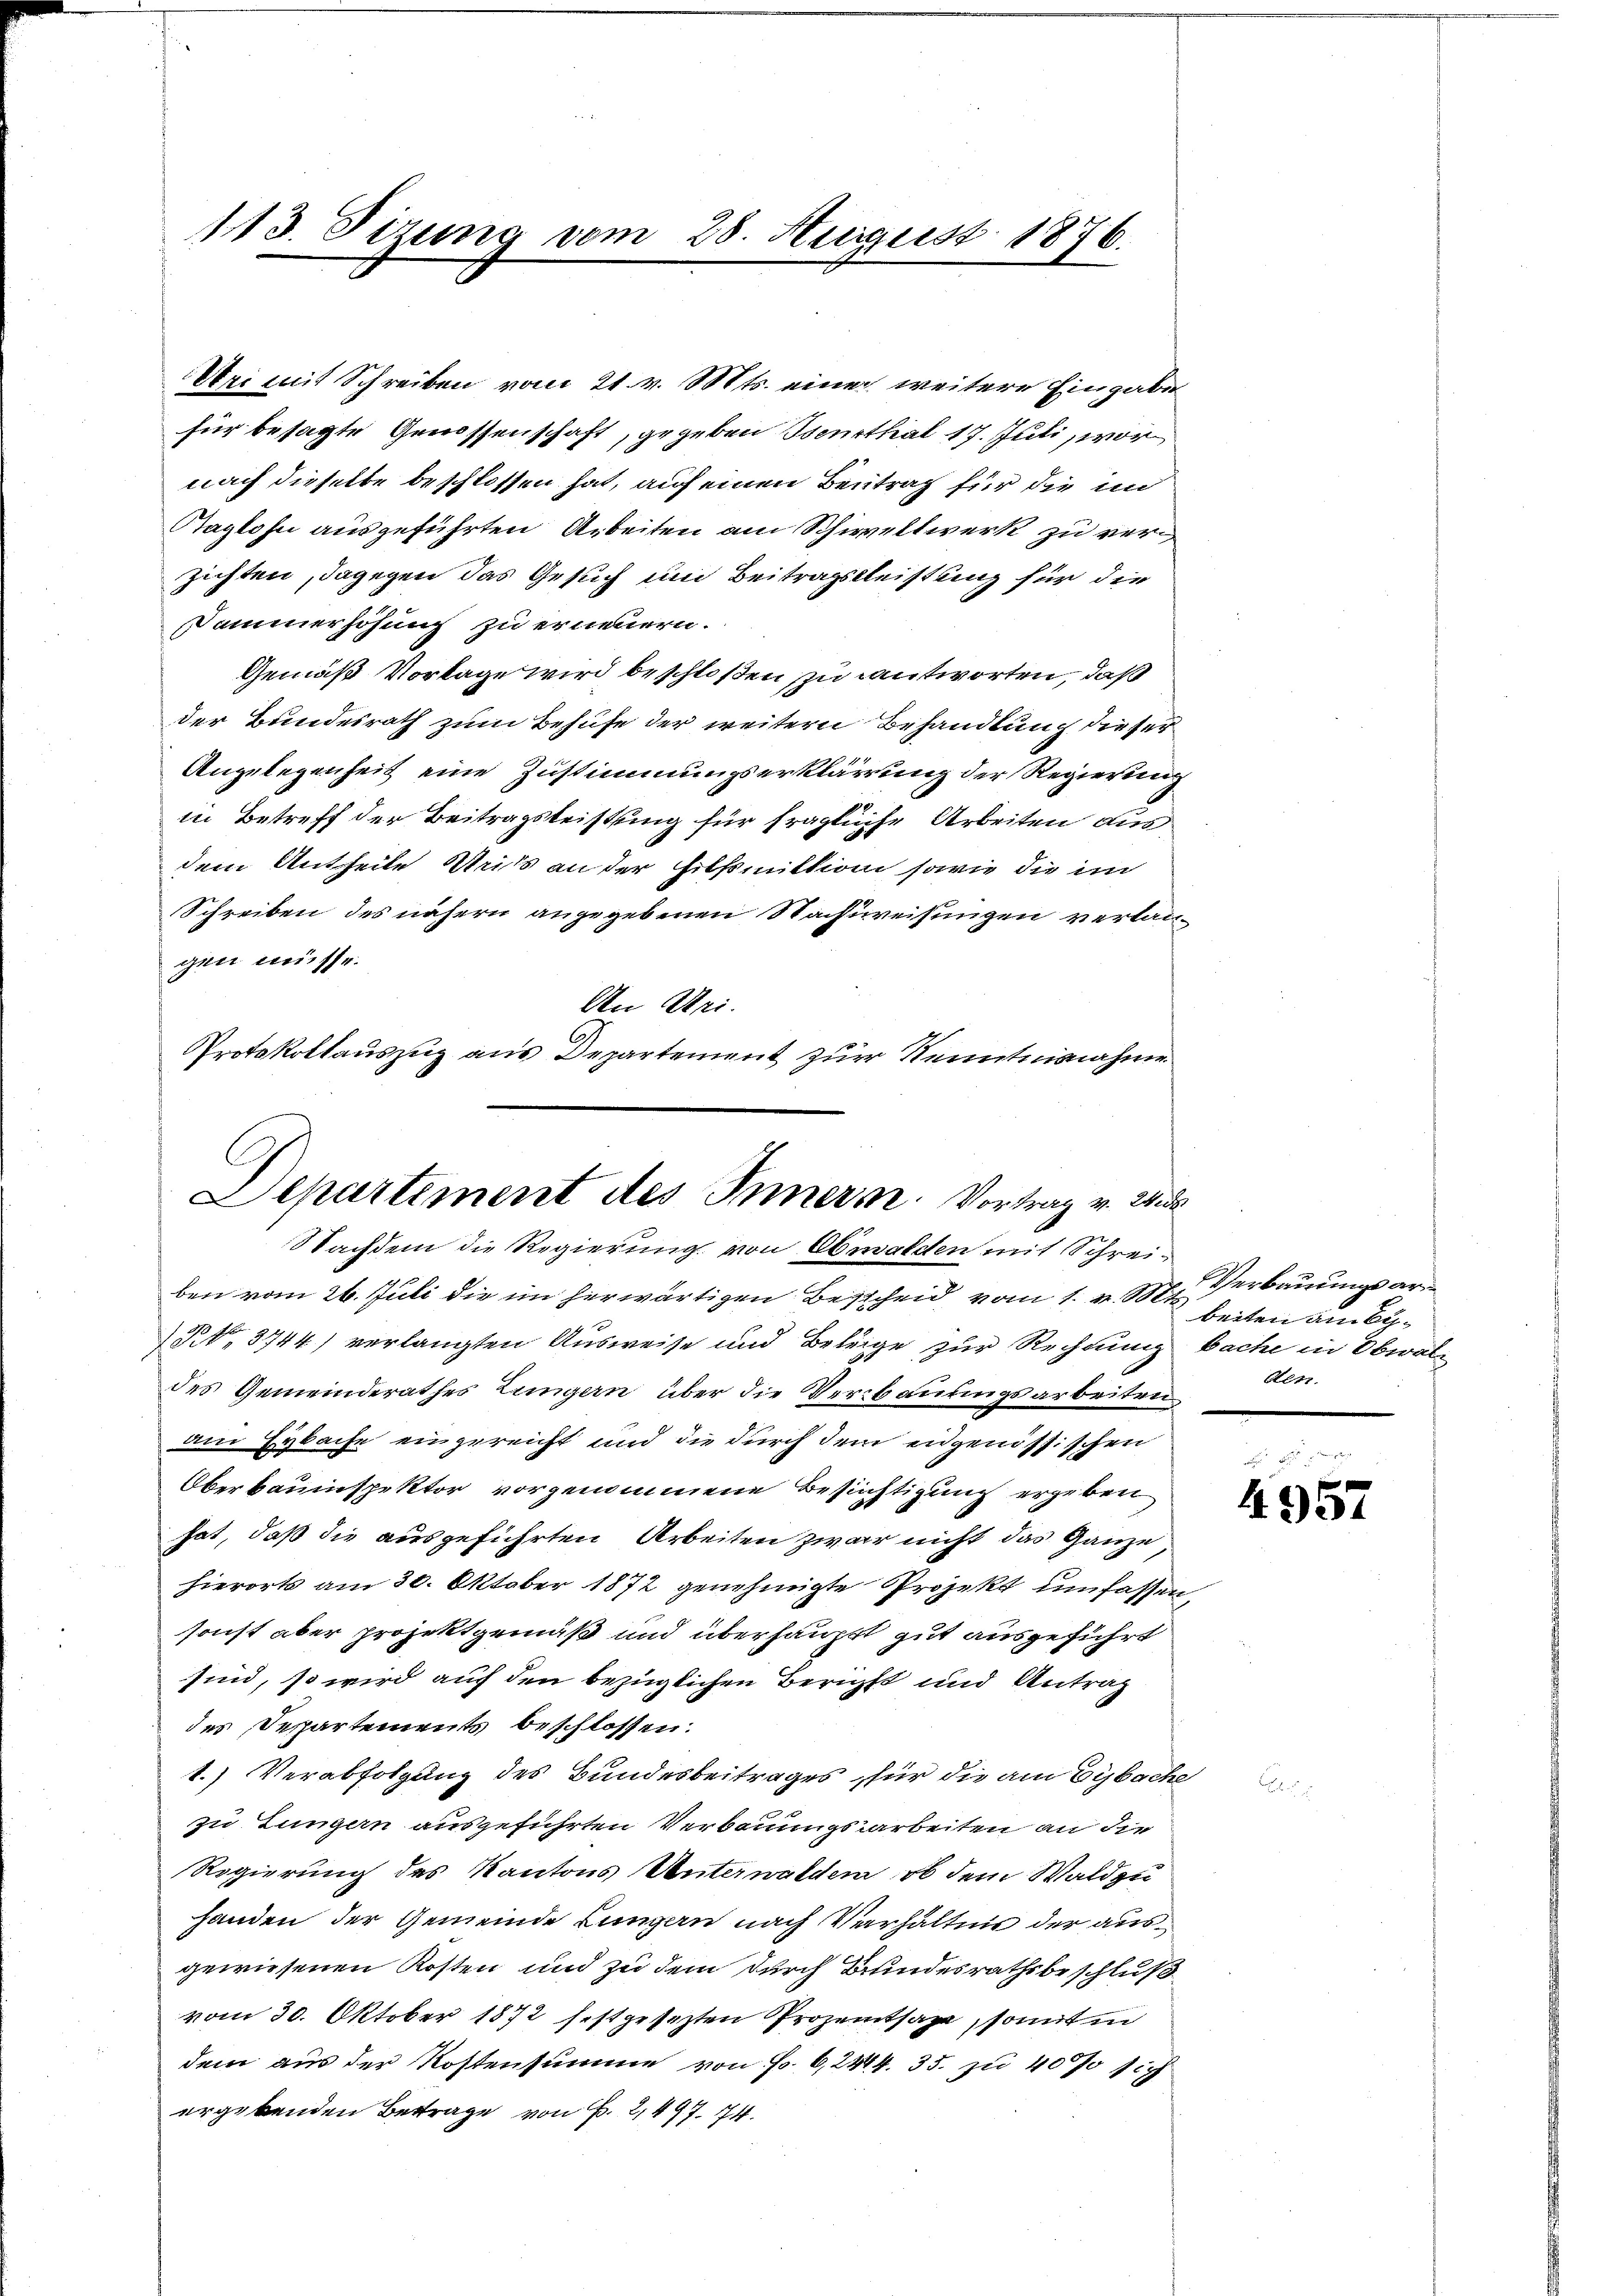
113. Sizung vom 28. August 1876.

Vri mit Schreiben vom 21. v. Mts. eine weitere Eingabe
für besagte Genossenschaft, gegeben Beurthal 17. Juli, wor
nach dieselbe beschlossen hat, auf einen Beitrag für die un
Taglohn ausgeführten Arbeiten am Schwellwerk zu verzichten, dagegen das Gesuch und Beitragsleistung für die
Sammerhöhung zu erneuern.
Gemäß Vorlage wird beschloßen zu antworten, daß
der Bundesrath zum Behufe der weitern Behandlung dieser
Angelegenheit eine Zustimmungserklärung der Regierung
in Betreff der Beitragsleistung für fragliche Arbeiten aus
dem Antheile Weiss an der Hilfsmittion sowie die in
Schreiben des nähern angegebenen Nachweisungen verlangen müsse.
An Uri.
Protokollauszug aus Departement zur Kenntnisnahme
ben vom 26. Juli die im herwärtigen Bescheid vom 1. v. 3. Verbauungsar¬
§ 3744) verlangten Ausweise und Beleige zur Rechnung bache in Obwaldes Gemeinderathes Zungern über die Verbaurungsarbeiten
am Hybache eingereicht und die durch dem eidgenössischen
Oberbauinspektor vorgenommene Besichtigung ergeben
hat, daß die ausgeführten Arbeiten zwar nicht das Ganze
hierorts am 30. Oktober 1872 genehmigte Projekt umfassen,
sonst aber projektgemäß und überhaupt gut ausgeführt
sind, so wird auf den bezüglichen Bericht und Antrag
des Departements beschlossen:
1.) Verabfolgung des Bundesbeitrages für die am Eybache
zu Lungern ausgeführten Verbauungsarbeiten an die
Regierung des Kantons Unterwalden, ob dem Wald zu
handen der Gemeinde Lungern nach Verhältnis der ausgewiesenen Kosten und zu dem durch Bundesrathsbeschluß
vom 30. Oktober 1872 festgesezten Prozentsage, somit in
dem aus der Kostensumme von Fr. 6,2414. 35. zu 4000 sich
ergebenden Betrage von P. 2,497. 74.

C
Departement des Innern. Vortrag v. 2
Nachdem die Regierung von Oberwalden mit Schrei¬

beiten am Ei¬
Altr.

4957